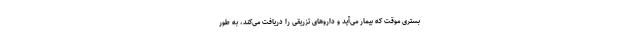
بستری موقت که بیمار می‌آید و داروهای تزریقی را دریافت می‌کند، به طور